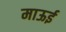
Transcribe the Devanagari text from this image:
माऊई